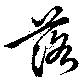
落